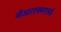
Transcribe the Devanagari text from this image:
वीआरएक्सएसई